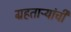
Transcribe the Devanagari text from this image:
ग्रहताऱ्यांची